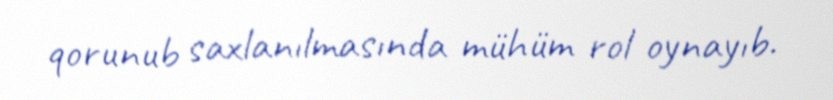
qorunub saxlanılmasında mühüm rol oynayıb.